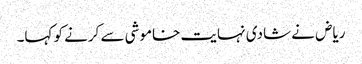
ریاض نے شادی نہایت خاموشی سے کرنے کو کہا۔